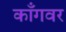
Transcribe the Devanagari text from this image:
काँगवर